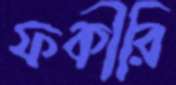
ফকীরি